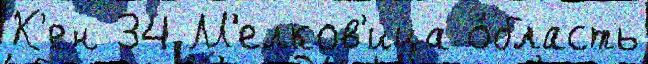
К'ен 34 М'елков'ица о́бласть